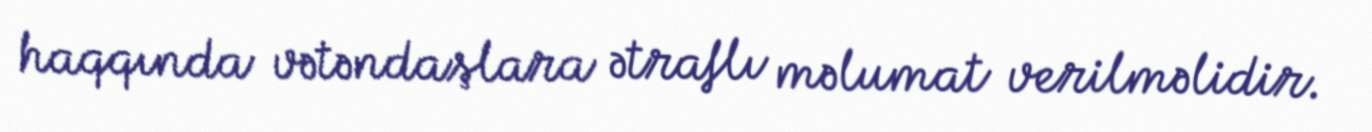
haqqında vətəndaşlara ətraflı məlumat verilməlidir.